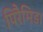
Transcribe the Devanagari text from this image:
पिरैमिड।